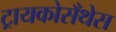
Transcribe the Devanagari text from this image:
ट्रायकोसँथेस